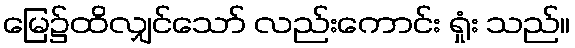
မြေ၌ထိလျှင်သော် လည်းကောင်း ရှုံး သည်။